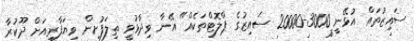
ސައިޒުތައް އުޅޭނީ 3000-20000 ސައިޒުގެ ޕްލޮޓްތަކެއް" އޭނާ ވިދާޅުވީ ތިލަފުށިން ވިޔަފާރިއަށް ދޫކުރާ